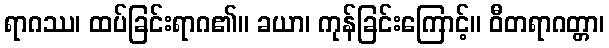
ရာဂဿ၊ ထပ်ခြင်းရာဂ၏။ ခယာ၊ ကုန်ခြင်းကြောင့်။ ဝီတရာဂတ္တာ၊